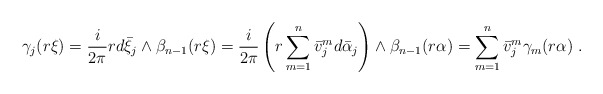
\begin{align*} \gamma_j(r\xi)=\frac i{2\pi}r d\bar\xi_j\wedge \beta_{n-1}(r\xi)= \frac i{2\pi} \left(r\sum_{m=1}^n \bar v^m_j d\bar\alpha_j\right)\wedge \beta_{n-1}(r\alpha)=\sum_{m=1}^n \bar v^m_j \gamma_m(r\alpha)\ .\end{align*}